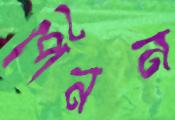
পিনন